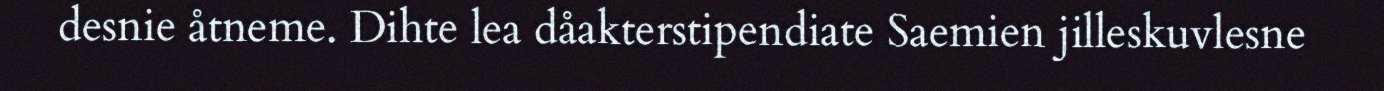
desnie åtneme. Dihte lea dåakterstipendiate Saemien jilleskuvlesne